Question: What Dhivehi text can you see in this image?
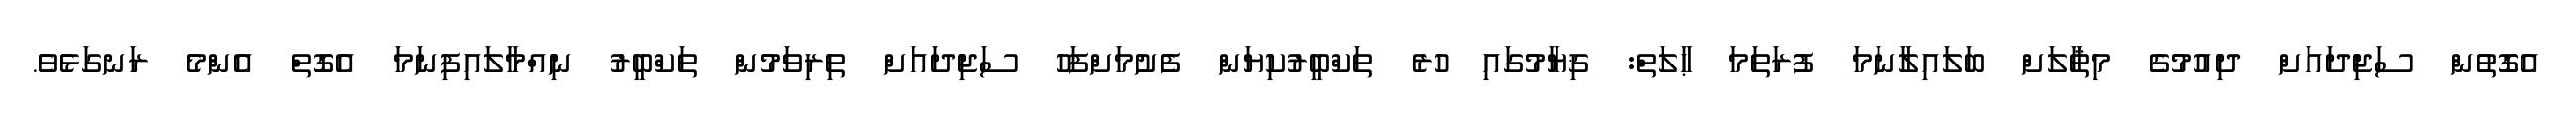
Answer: އެގޮތުން ސަޖިދައަށް ދިއުމުގެ މިޘާލަށް ބަލައިލާނަމަ ފުރަތަމަ ޙާލަތް: ޤިޔާމުގައި ހުރެ ތަކްބީރުކިޔަން ފެށުމަށްފަހު ސަޖިދައަށް ތިރިވަމުން ތަކްބީރު ނިއްމާލައިފިނަމަ އެގޮތް އެންމެ ރަނގަޅެވެ.